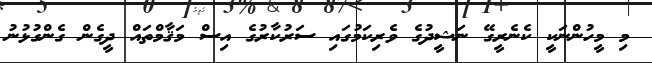
މި މީހުންނަކީ ކެނެރީގޭ ނަޝީދުގެ ވެރިކަމުގައި ސަރުކާރުގެ އިސް މަޤާމްތައް ދީގެން ގެންގުޅުނު